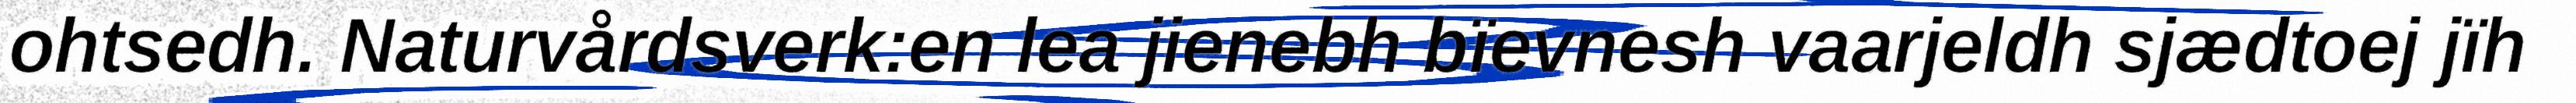
ohtsedh. Naturvårdsverk:en lea jienebh bïevnesh vaarjeldh sjædtoej jïh